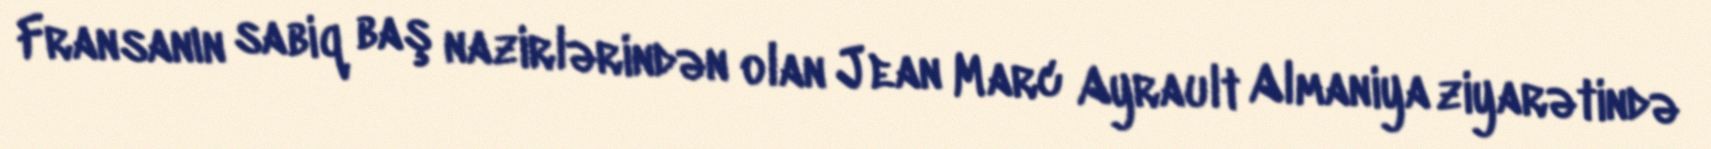
Fransanın sabiq baş nazirlərindən olan Jean Marc Ayrault Almaniya ziyarətində